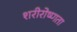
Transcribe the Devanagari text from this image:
शरीरोष्णता